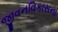
જીવનવિકાસના